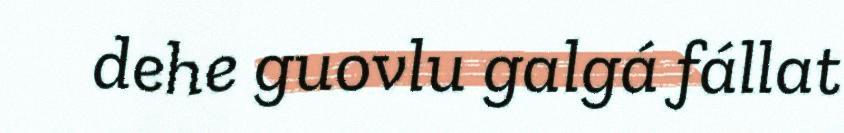
dehe guovlu galgá fállat